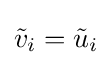
{\tilde {v}}_{i}={\tilde {u}}_{i}